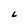
Character: L